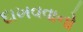
દાખવવાનો